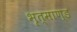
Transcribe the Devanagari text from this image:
भृत्माण्ड